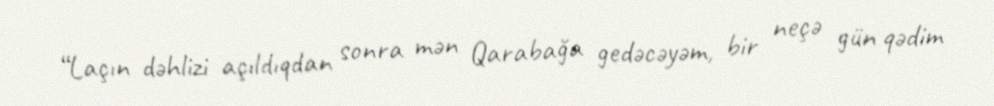
“Laçın dəhlizi açıldıqdan sonra mən Qarabağa gedəcəyəm, bir neçə gün qədim